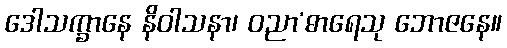
ဒေါသက္ခာနေ နိဝါသနာ၊ ဝညာ’ဓာရေသု ဘောဇနေ။